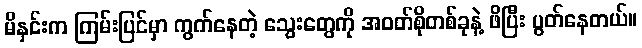
မိနှင်းက ကြမ်းပြင်မှာ ကွက်နေတဲ့ သွေးတွေကို အဝတ်စိုတစ်ခုနဲ့ ဖိပြီး ပွတ်နေတယ်။